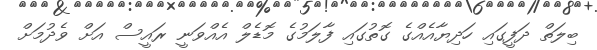
ބިލަތް ދަފީގައި ހަދިޔާއެއްގެ ގޮތުގައި ފާލަމުގެ މޮޑެލް އެއްވަނީ ރައީސް އަށް ވެދުމަށް